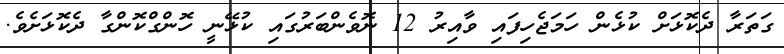
ގަތަރާ ދެކޮޅަށް ކުޅެން ހަމަޖެހިފައި ވާއިރު 12 ނޮވެންބަރުގައި ކުޅޭނީ ހޮންގްކޮންގާ ދެކޮޅަށެވެ.